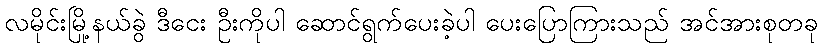
လမိုင်းမြို့နယ်ခွဲ ဒီငေး ဦးကိုပါ ဆောင်ရွက်ပေးခဲ့ပါ ပေးပြောကြားသည် အင်အားစုတခု